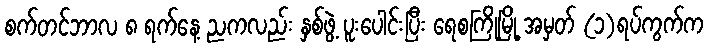
စက်တင်ဘာလ ၈ ရက်နေ့ ညကလည်း နှစ်ဖွဲ့ ပူးပေါင်းပြီး ရေစကြိုမြို့ အမှတ် (၁)ရပ်ကွက်က